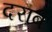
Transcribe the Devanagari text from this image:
दराब